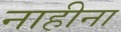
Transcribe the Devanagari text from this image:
नाहीना